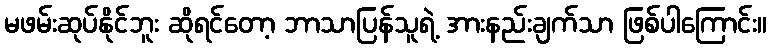
မဖမ်းဆုပ်နိုင်ဘူး ဆိုရင်တော့ ဘာသာပြန်သူရဲ့ အားနည်းချက်သာ ဖြစ်ပါကြောင်း။